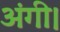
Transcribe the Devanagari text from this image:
अंगी।